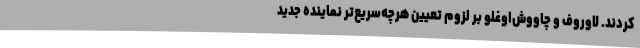
کردند. لاوروف و چاووش‌اوغلو بر لزوم تعیین هرچه‌سریع‌تر نماینده جدید